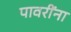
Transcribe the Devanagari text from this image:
पावरींना